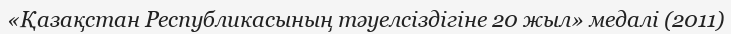
«Қазақстан Республикасының тәуелсiздiгiне 20 жыл» медалі (2011)